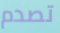
تصدم